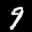
Label: 9